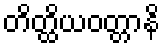
တိတ္ထိယဝတ္တာနိ